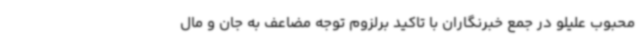
محبوب علیلو در جمع خبرنگاران با تاکید برلزوم توجه مضاعف به جان و مال